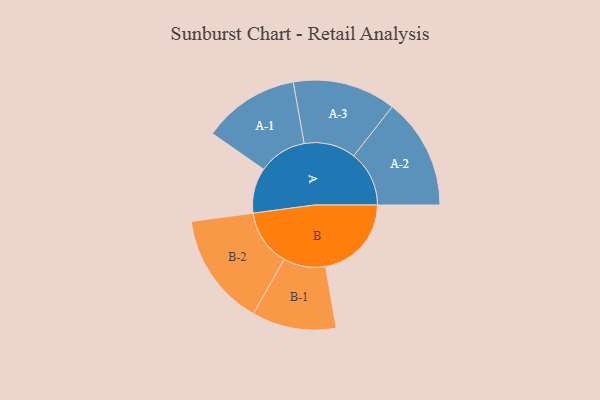
{"axis": {"x": "Segment", "y": "Value"}, "legend": ["", "A", "B"], "data": [{"x": "A", "y": 233, "type": ""}, {"x": "B", "y": 441, "type": ""}, {"x": "A-1", "y": 248, "type": "A"}, {"x": "A-2", "y": 285, "type": "A"}, {"x": "A-3", "y": 265, "type": "A"}, {"x": "B-1", "y": 216, "type": "B"}, {"x": "B-2", "y": 291, "type": "B"}]}